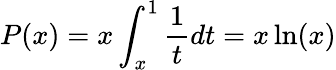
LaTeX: P(x)=x\int_{x}^{1}\frac{1}{t}dt=x\ln(x)